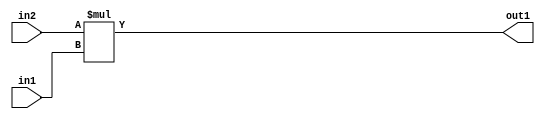
`timescale 1ps / 1ps
/*****************************************************************************
    Verilog RTL Description
    
    
    Created by: Stratus DpOpt 21.05.01 
*******************************************************************************/

module SobelFilter_Mul_32Ux10U_34U_1 (
	in2,
	in1,
	out1
	); /* architecture "behavioural" */ 
input [31:0] in2;
input [9:0] in1;
output [33:0] out1;
wire [33:0] asc001;

assign asc001 = 
	+(in2 * in1);

assign out1 = asc001;
endmodule

/* CADENCE  urn1Sgw= : u9/ySxbfrwZIxEzHVQQV8Q== ** DO NOT EDIT THIS LINE ******/